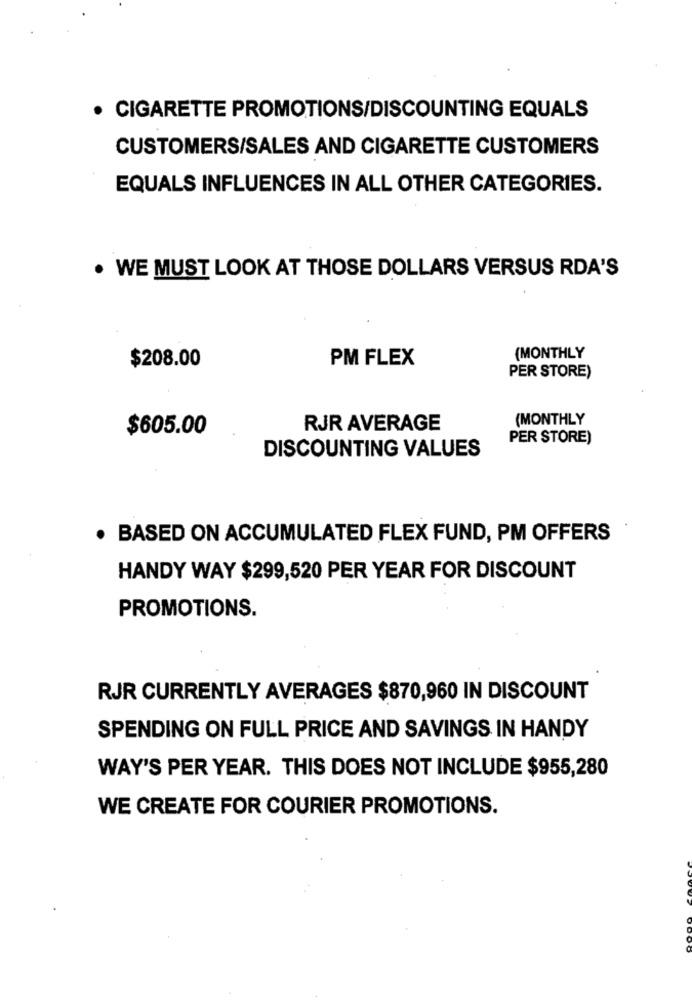
· CIGARETTE PROMOTIONS/DISCOUNTING EQUALS
CUSTOMERS/SALES AND CIGARETTE CUSTOMERS
EQUALS INFLUENCES IN ALL OTHER CATEGORIES.
. WE MUST LOOK AT THOSE DOLLARS VERSUS RDA'S
$208.00
PM FLEX
(MONTHLY
PER STORE)
(MONTHLY
$605.00
RJR AVERAGE
PER STORE)
DISCOUNTING VALUES
· BASED ON ACCUMULATED FLEX FUND, PM OFFERS
HANDY WAY $299,520 PER YEAR FOR DISCOUNT
PROMOTIONS.
RJR CURRENTLY AVERAGES $870,960 IN DISCOUNT
SPENDING ON FULL PRICE AND SAVINGS IN HANDY
WAY'S PER YEAR. THIS DOES NOT INCLUDE $955,280
WE CREATE FOR COURIER PROMOTIONS.